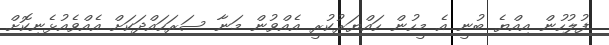
ފުލުހުން އިއްޔެ ބުނީ އެ މީހުން ހައްޔަރުކުރީ އެއްވުން މަނާ ސަރަހައްދަކަށް އެއްވެއުޅެނިކޮށް